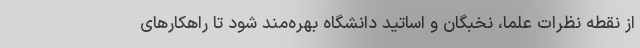
از نقطه نظرات علما، نخبگان و اساتید دانشگاه بهره‌مند شود تا راهکارهای